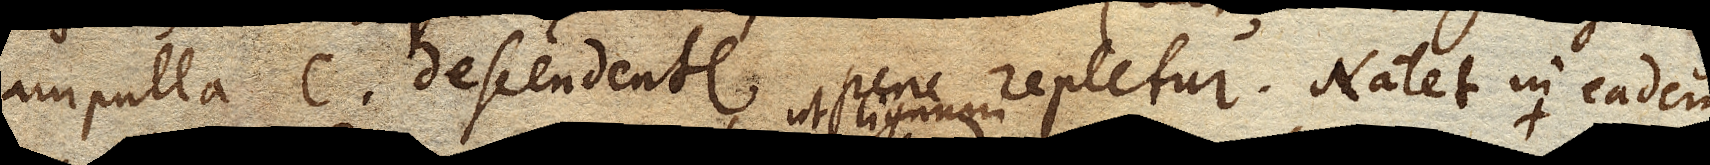
ampulla C. descendente pene repletur. Natet in eadem